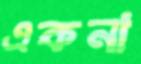
একনা